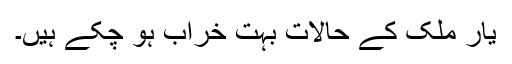
یار ملک کے حالات بہت خراب ہو چکے ہیں۔